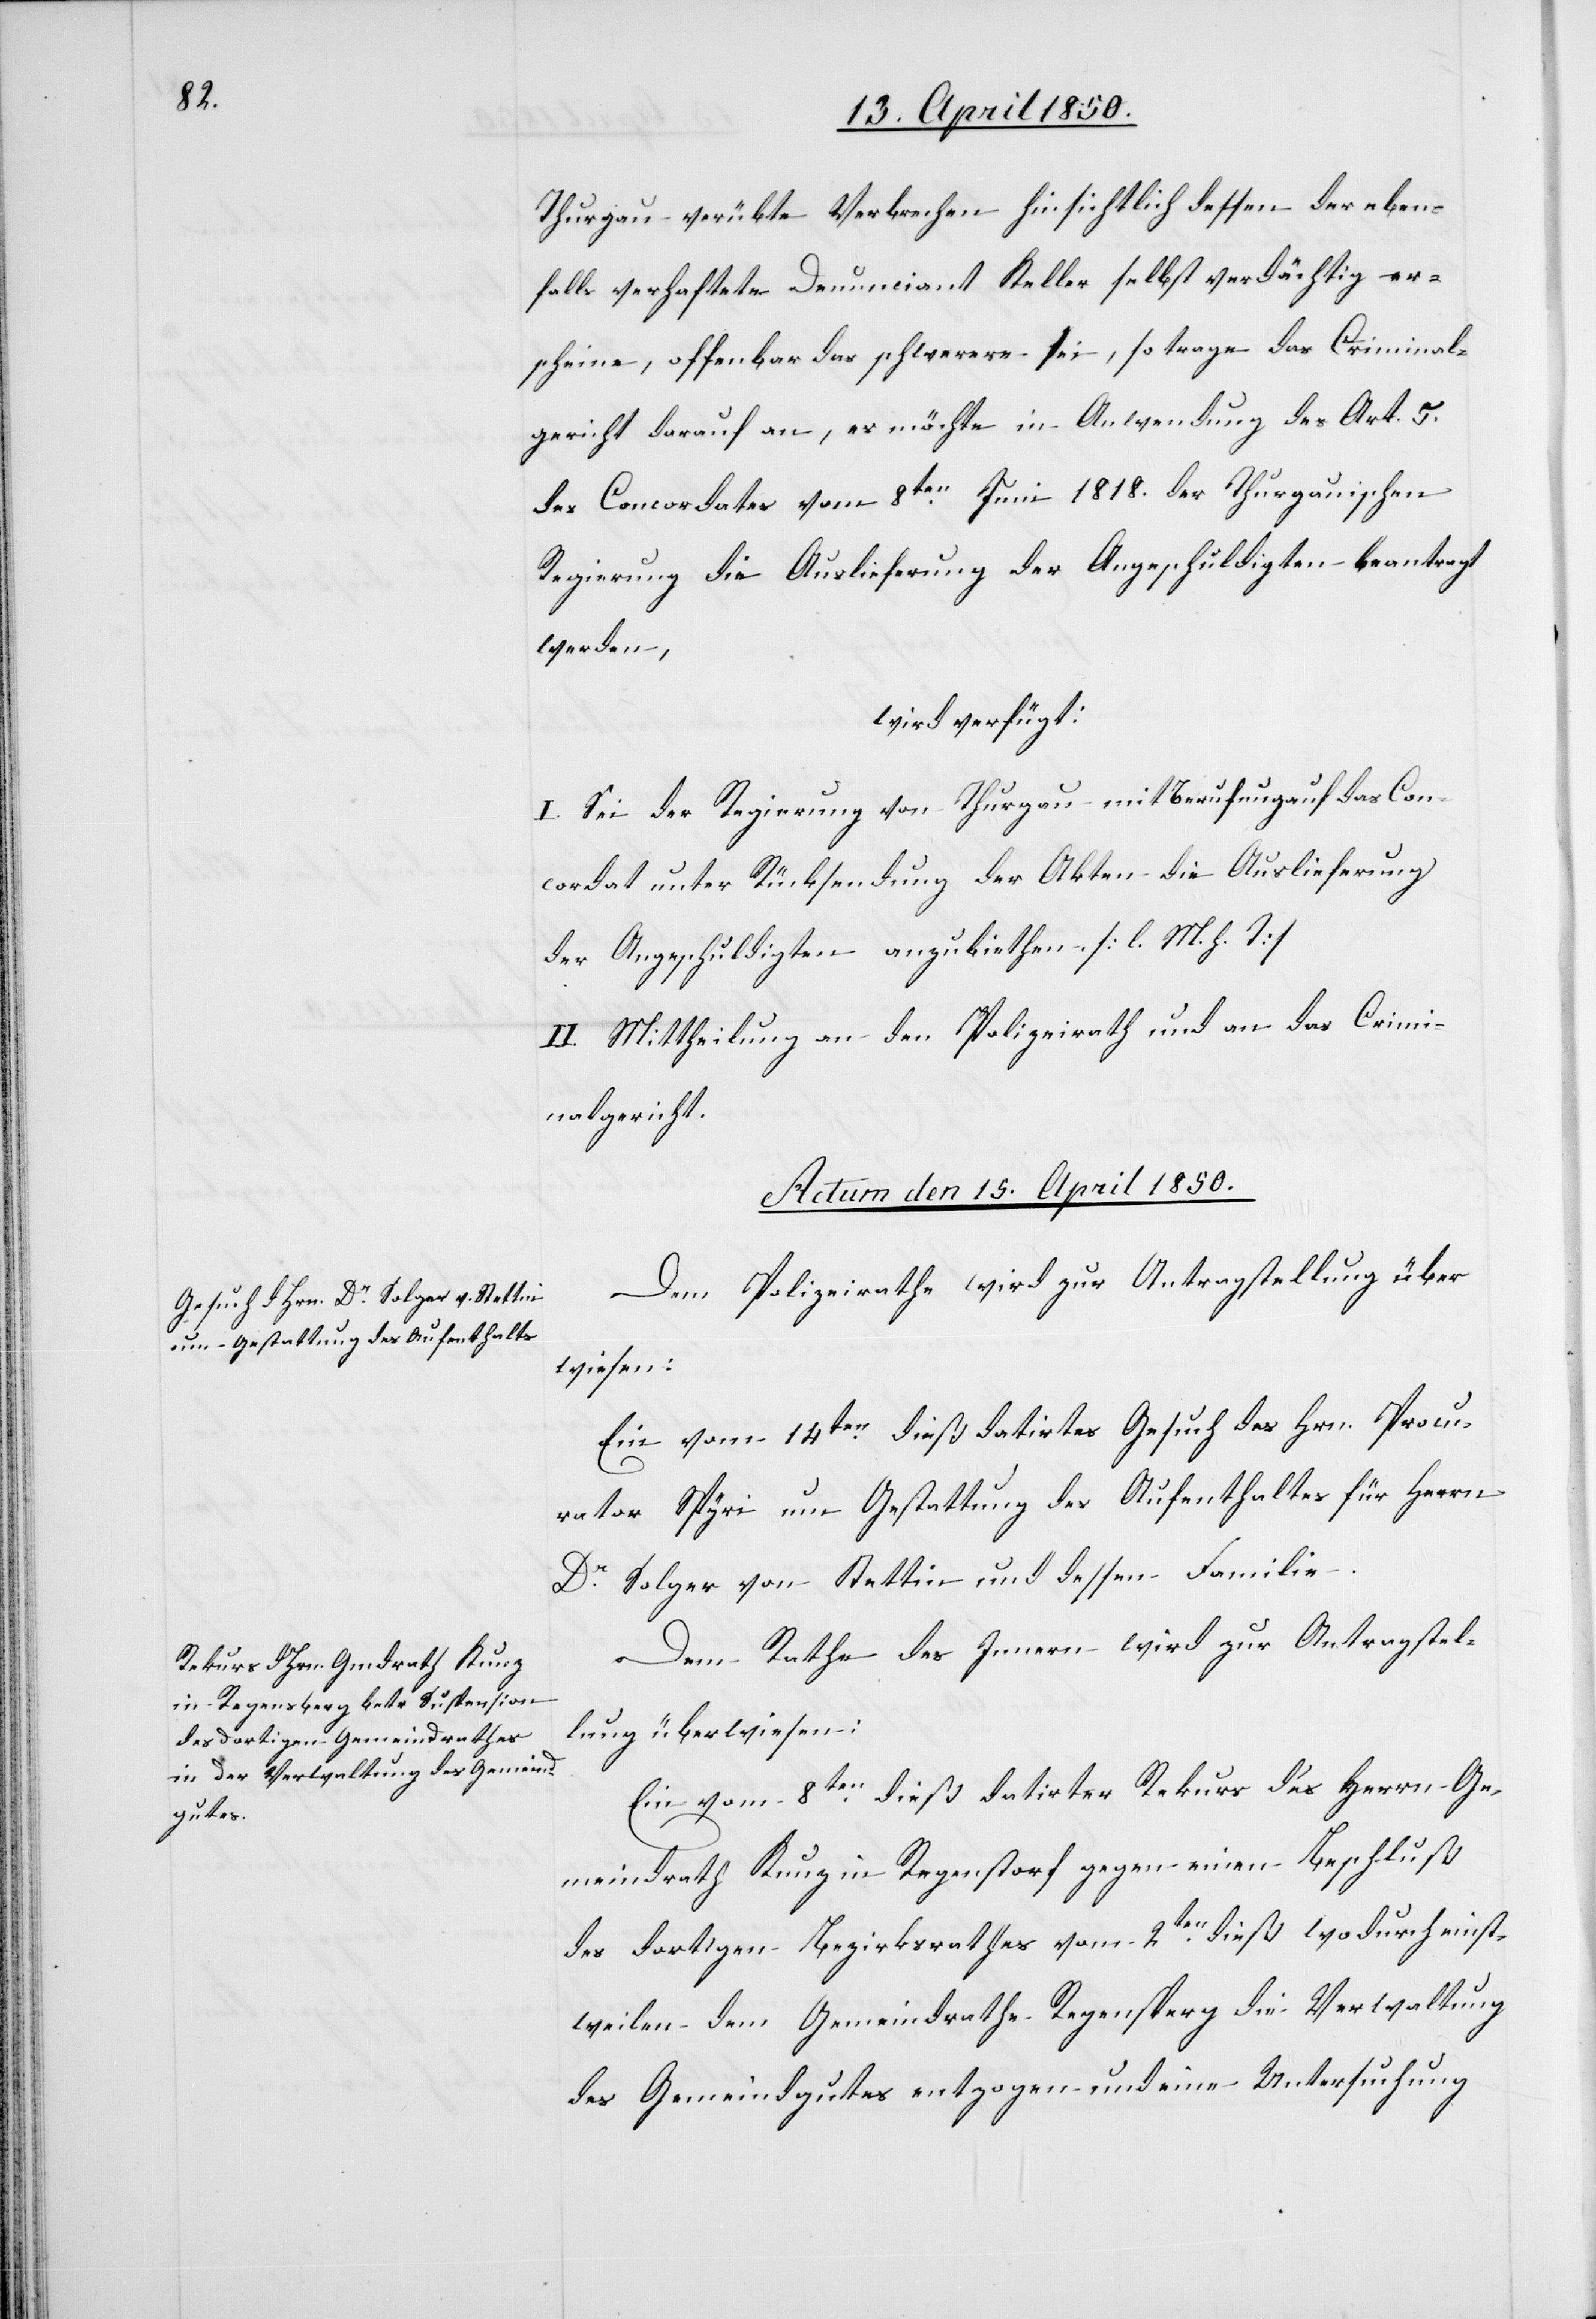
Thurgau verübte Verbrechen hinsichtlich dessen der eben¬
falls verhaftete Denunciant Keller selbst verdächtig er¬
scheine, offenbar das schwerere sei, so trage das Criminal¬
gericht darauf an, es möchte in Anwendung des Art. 5.
des Concordates vom 8ten Juni 1818. der Thurgauischen
Regierung die Auslieferung der Angeschuldigten beantragt
werden,
wird verfügt:
I. Sei der Regierung von Thurgau mit Berufung auf das Con¬
cordat unter Rücksendung der Akten die Auslieferung
der Angeschuldigten anzubiethen [l. M. h. T]
II. Mittheilung an den Polizeirath und an das Crimi¬
nalgericht.
Actum den 15. April 1850.]
Dem Polizeirathe wird zur Antragstellung über¬
wiesen:
Ein vom 14ten dieß datirtes Gesuch des Hrn. Procu¬
rator Spyri um Gestattung des Aufenthaltes für Herrn
Dr Solger von Stettin und dessen Familie.
Dem Rathe des Innern wird zur Antragstel¬
lung überwiesen:
Ein vom 8ten dieß datirter Rekurs des Herrn Ge¬
meindrath Kunz in Regenstorf gegen einen Beschluß
des dortigen Bezirksrathes vom 2ten dieß wodurch einst¬
weilen dem Gemeindrathe Regensperg die Verwaltung
des Gemeindgutes entzogen und eine Untersuchung